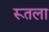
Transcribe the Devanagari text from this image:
रूतला